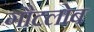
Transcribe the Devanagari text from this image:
गौटलोब